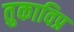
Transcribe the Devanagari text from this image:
तुकाविप्र